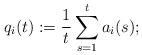
LaTeX: \begin{align*}q_i(t):= \frac{1}{t} \sum_{s=1}^t a_i(s);\end{align*}